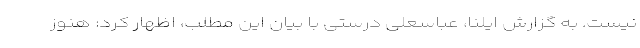
نیست. به گزارش ایلنا، عباسعلی درستی با بیان این مطلب، اظهار کرد: هنوز